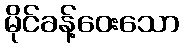
မိုင်ခန့်ဝေးသော